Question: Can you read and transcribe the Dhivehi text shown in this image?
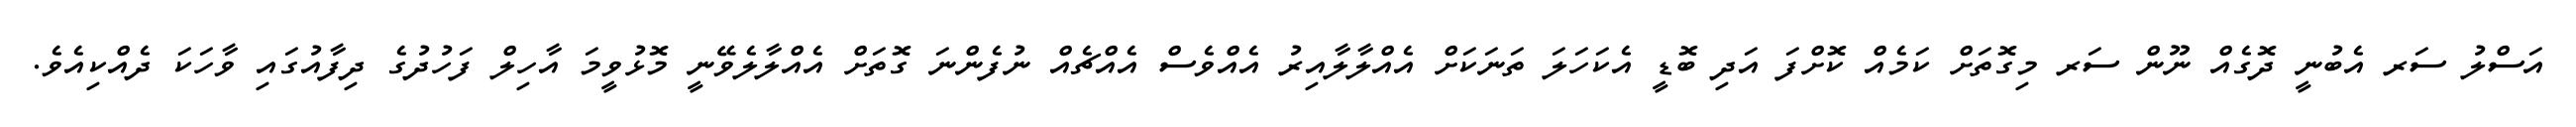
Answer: އަސްލު ސަރ އެބުނީ ދޮގެއް ނޫން ސަރ މިގޮތަށް ކަމެއް ކޮށްފަ އަދި ބޮޑީ އެކަހަލަ ތަނަކަށް އެއްލާލާއިރު އެއްވެސް އެއްޗެއް ނުފެންނަ ގޮތަށް އެއްލާލެވޭނީ މޮޅުވީމަ އާހިލް ފަހުދުގެ ދިފާއުގައި ވާހަކަ ދެއްކިއެވެ.